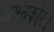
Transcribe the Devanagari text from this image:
अमृतकौर।